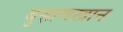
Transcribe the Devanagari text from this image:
बुर्‍हाणखान